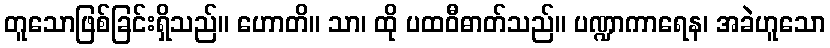
တူသောဖြစ်ခြင်းရှိသည်။ ဟောတိ။ သာ၊ ထို ပထဝီဓာတ်သည်။ ပဏ္ဍာကာရေန၊ အခဲဟူသော